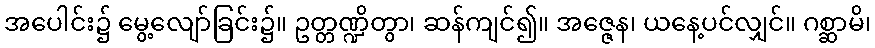
အပေါင်း၌ မွေ့လျော်ခြင်း၌။ ဥတ္တဏ္ဍိတွာ၊ ဆန်ကျင်၍။ အဇ္ဇေန၊ ယနေ့ပင်လျှင်။ ဂစ္ဆာမိ၊